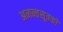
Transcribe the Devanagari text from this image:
अनन्तसूत्रको